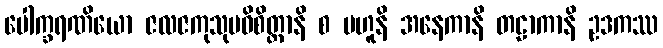
ပေါက္ခရဏိယော ဇလဇကုသုမဝိစိတ္တာနိ စ ဗဟူနိ အနေကာနိ တဠာကာနိ ဥဒကဿ